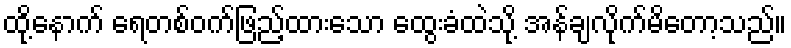
ထို့နောက် ရေတစ်ဝက်ဖြည့်ထားသော ထွေးခံထဲသို့ အန်ချလိုက်မိတော့သည်။